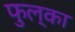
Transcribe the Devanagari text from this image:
फुल्का